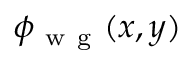
\phi _ { \mathrm { ~ w ~ g ~ } } ( x , y )